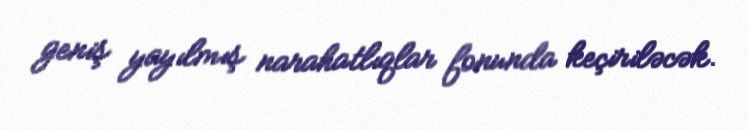
geniş yayılmış narahatlıqlar fonunda keçiriləcək.